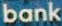
bank